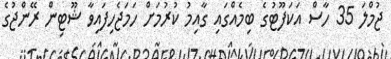
ޖުމްލަ 35 ހާސް އަކަފޫޓުގެ ބިމެއްގައި ގާއިމު ކުރުމަށް ހަމަޖެހިފައިވާ ޝޫޓިން ރޭންޖުގެ